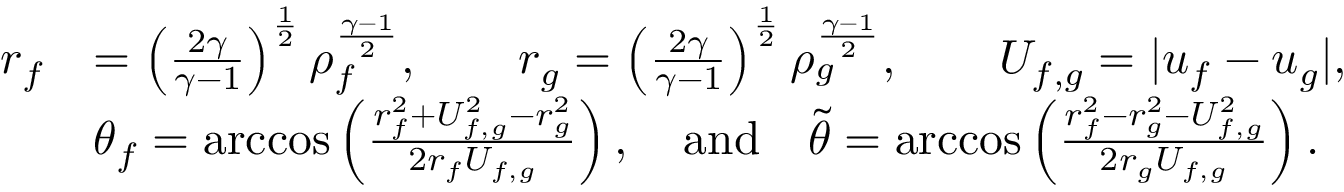
\begin{array} { r l } { r _ { f } } & { = \left( \frac { 2 \gamma } { \gamma - 1 } \right) ^ { \frac 1 2 } \rho _ { f } ^ { \frac { \gamma - 1 } { 2 } } , \qquad r _ { g } = \left( \frac { 2 \gamma } { \gamma - 1 } \right) ^ { \frac 1 2 } \rho _ { g } ^ { \frac { \gamma - 1 } { 2 } } , \qquad U _ { f , g } = | u _ { f } - u _ { g } | , } \\ & { \theta _ { f } = \operatorname { a r c c o s } \left( \frac { r _ { f } ^ { 2 } + U _ { f , g } ^ { 2 } - r _ { g } ^ { 2 } } { 2 r _ { f } U _ { f , g } } \right) , \quad \mathrm { a n d } \quad \tilde { \theta } = \operatorname { a r c c o s } \left( \frac { r _ { f } ^ { 2 } - r _ { g } ^ { 2 } - U _ { f , g } ^ { 2 } } { 2 r _ { g } U _ { f , g } } \right) . } \end{array}